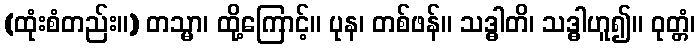
(ထုံးစံတည်း။) တသ္မာ၊ ထို့ကြောင့်။ ပုန၊ တစ်ဖန်။ သဒ္ဓါတိ၊ သဒ္ဓါဟူ၍။ ဝုတ္တံ၊